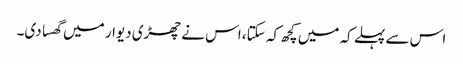
اس سے پہلے کہ میں کچھ کہ سکتا، اس نے چھڑی دیوار میں گھسا دی۔